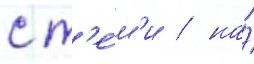
с т'е́м'и / на́